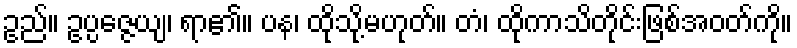
ဥည်။ ဥပ္ပဇ္ဇေယျ၊ ရာ၏။ ပန၊ ထိုသို့မဟုတ်။ တံ၊ ထိုကာသိတိုင်းဖြစ်အဝတ်ကို။